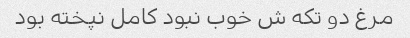
مرغ دو تکه ش خوب نبود کامل نپخته بود